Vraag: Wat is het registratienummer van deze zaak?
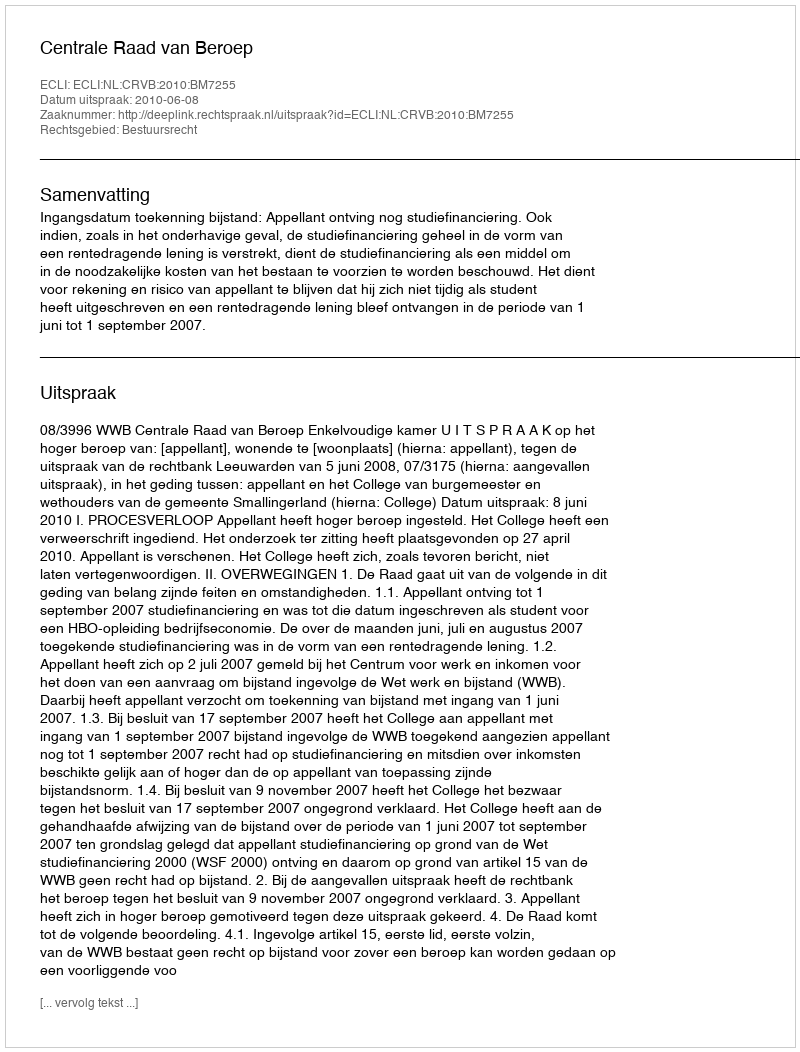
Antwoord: http://deeplink.rechtspraak.nl/uitspraak?id=ECLI:NL:CRVB:2010:BM7255